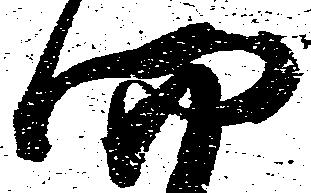
四